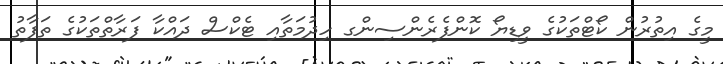
މީގެ އިތުރުން ކޯޓްތަކުގެ ވީޑިޔޯ ކޮންފެރެންސިންގ ހިދުމަތާއި ޓެކްސް ދައްކާ ފަރާތްތަކުގެ ތަފާތު